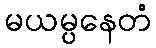
မယမ္ပနေတံ